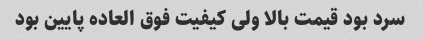
سرد بود قیمت بالا ولی کیفیت فوق العاده پایین بود